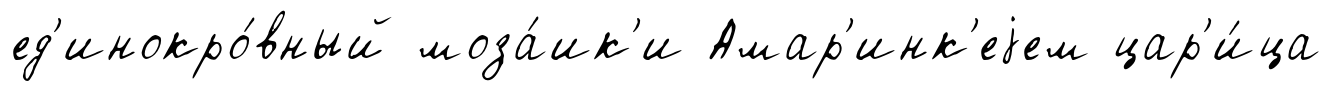
ед'инокро́вный моза́ик'и Амар'инк'еjем цар'и́ца